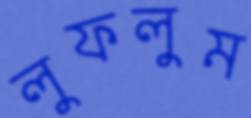
লুফলুম